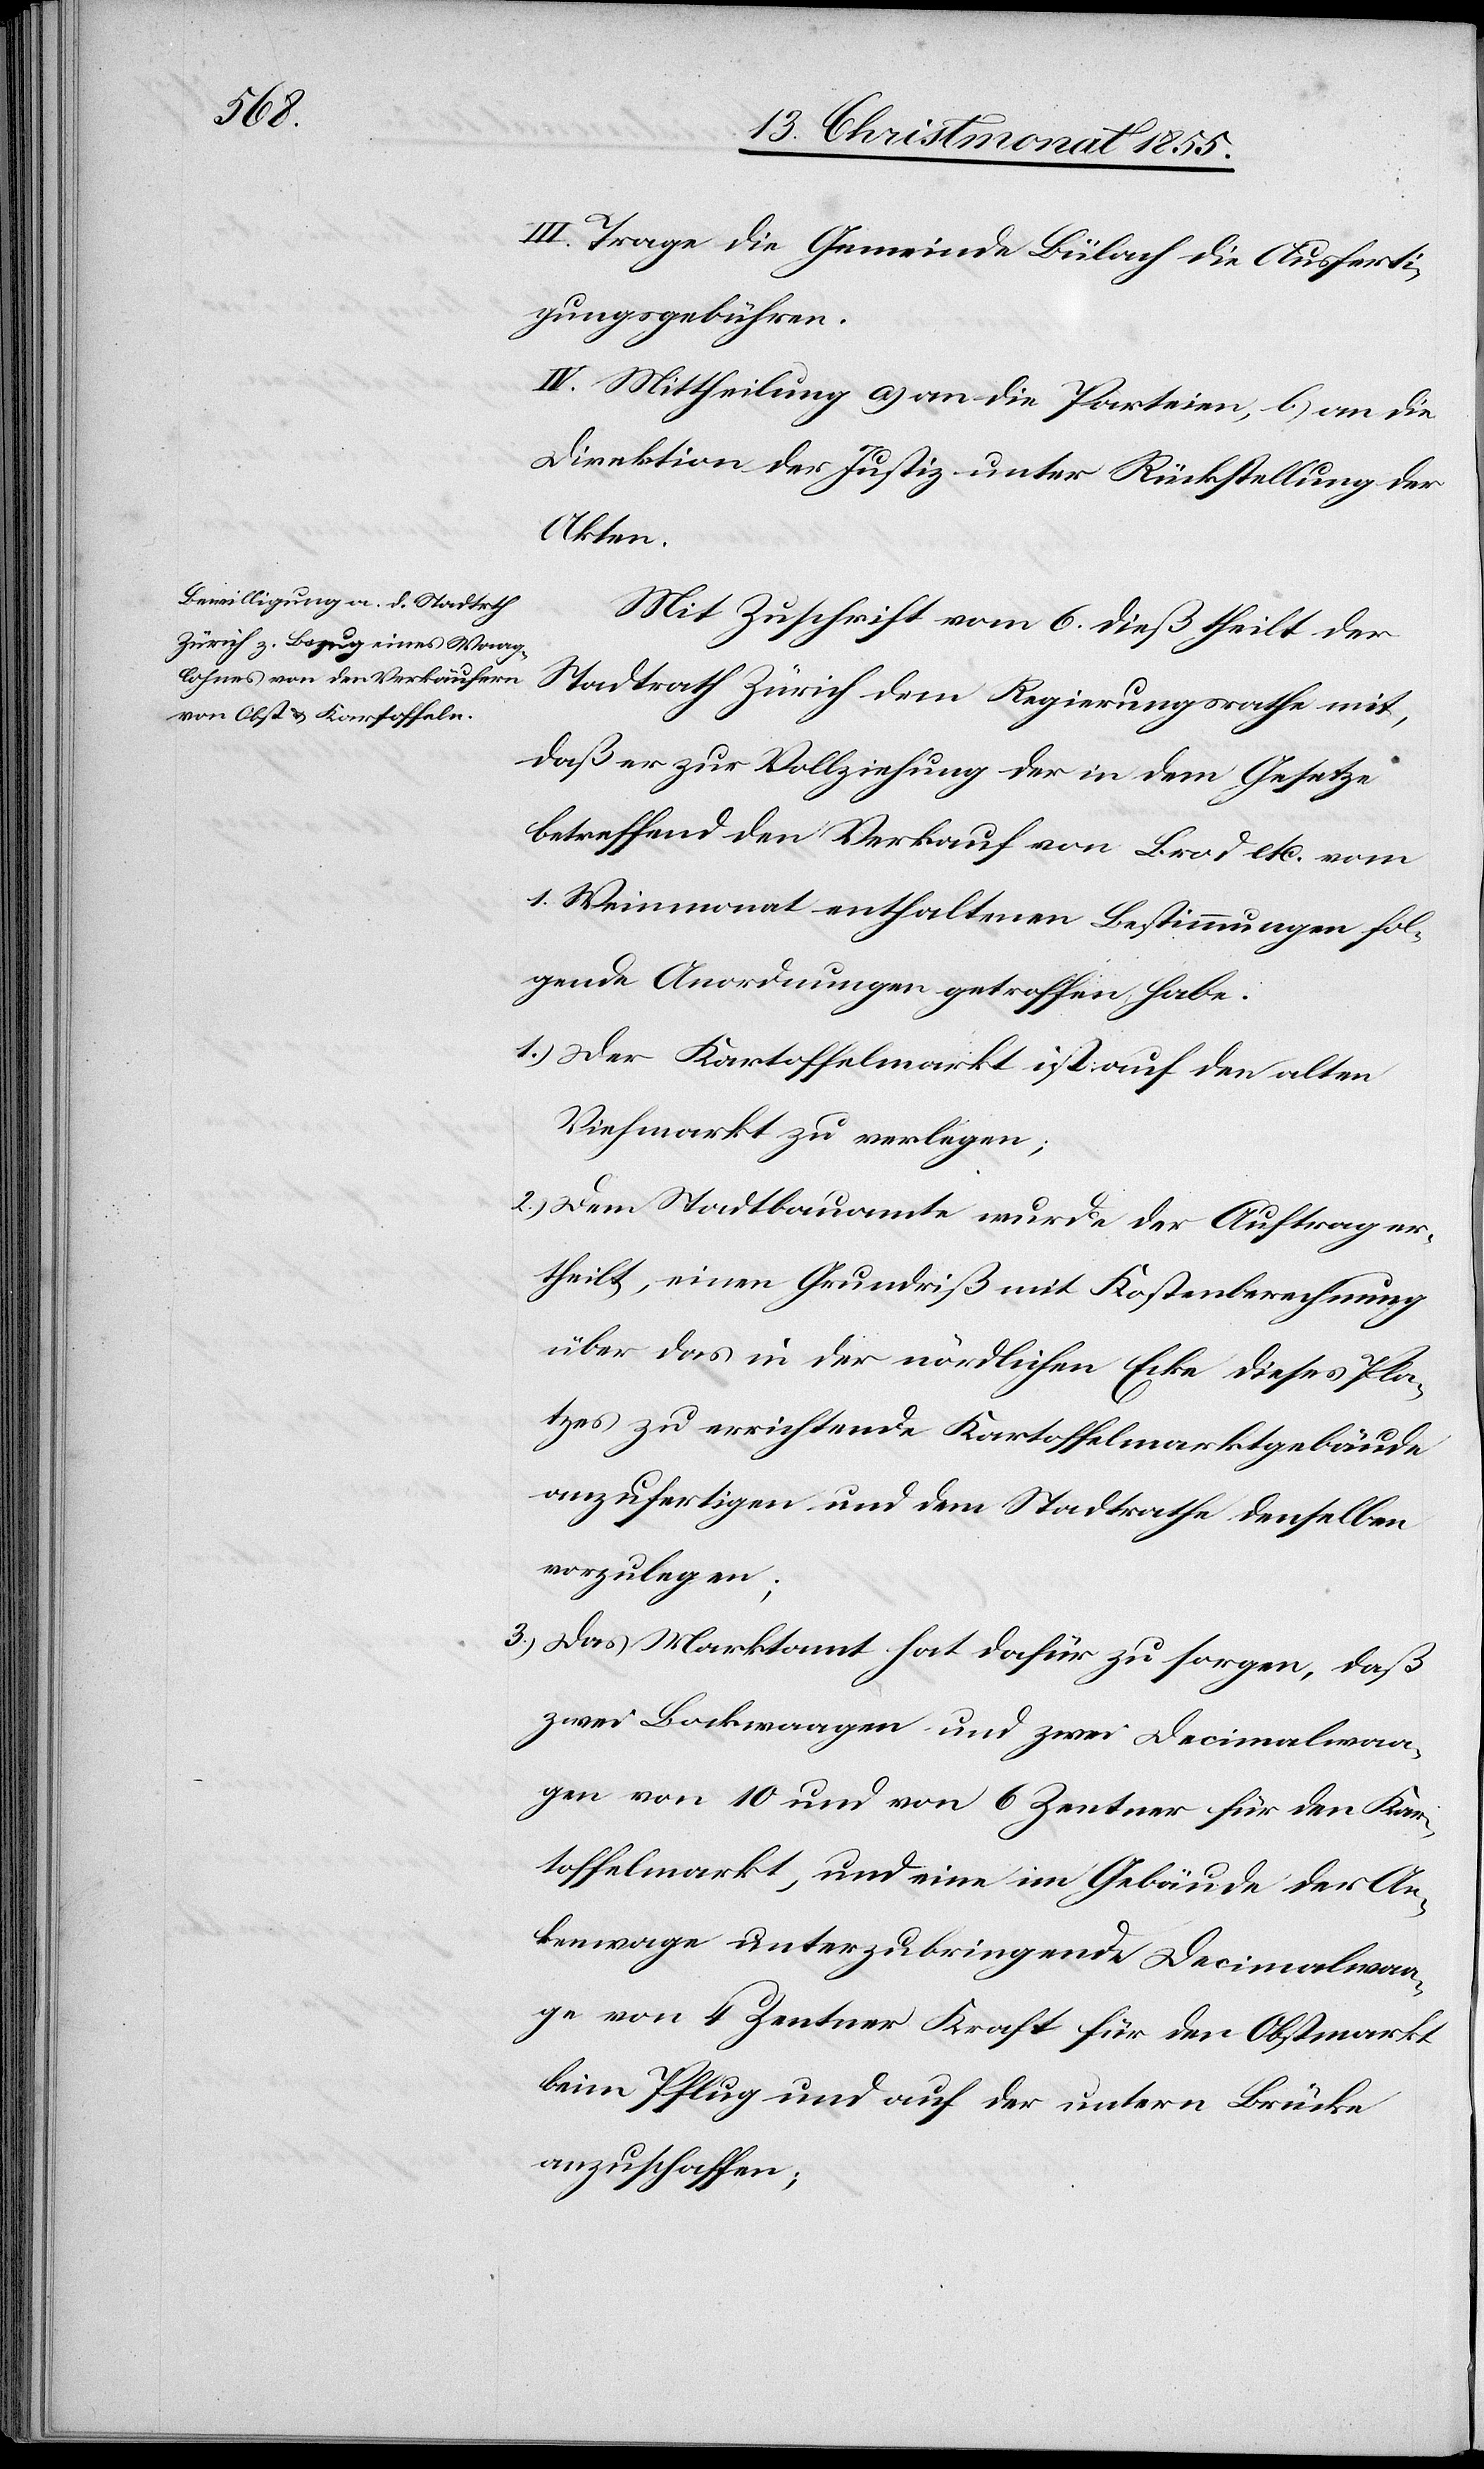
III. Trage die Gemeinde Bülach die Ausferti¬
gungsgebühren.
IV. Mittheilung a) an die Parteien, b) an die
Direktion der Justiz unter Rückstellung der
Akten.
Mit Zuschrift vom 6. dieß theilt der
Stadtrath Zürich dem Regierungsrathe mit,
daß er zur Vollziehung der in dem Gesetze
betreffend den Verkauf von Brod etc. vom
1. Weinmonat enthaltenen Bestimmungen fol¬
gende Anordnungen getroffen habe:
Der Kartoffelmarkt ist auf den alten
Viehmarkt zu verlegen;
Dem Stadtbauamte wurde der Auftrag er¬
theilt, einen Grundriß mit Kostenberechnung
über das in der nördlichen Ecke dieses Pla¬
tzes zu errichtende Kartoffelmarktgebäude
anzufertigen und dem Stadtrathe denselben
vorzulegen;
Das Marktamt hat dafür zu sorgen, daß
zwei Bockwaagen und zwei Decimalwaa¬
gen von 10 und von 6 Zentner für den Kar¬
toffelmarkt, und eine im Gebäude der An¬
kenwa[a]ge unterzubringende Decimalwaa¬
ge von 4 Zentner Kraft für den Obstmarkt
beim Pflug und auf der untern Brücke
anzuschaffen